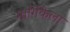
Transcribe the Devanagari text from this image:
मार्गिकेला